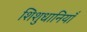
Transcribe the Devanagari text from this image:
शिशुधानियाँ